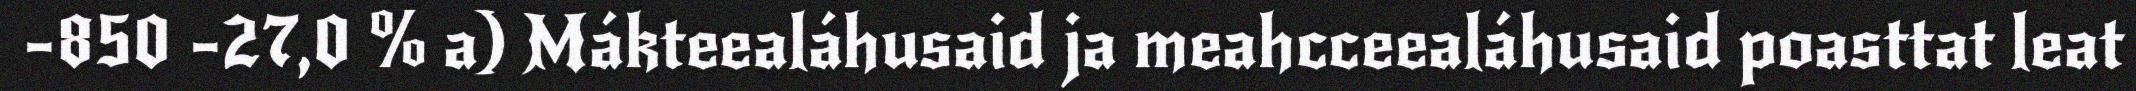
-850 -27,0 % a) Mákteealáhusaid ja meahcceealáhusaid poasttat leat